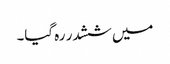
میں ششدر رہ گیا۔